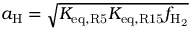
a _ { \mathrm { H } } = \sqrt { K _ { \mathrm { e q , R 5 } } K _ { \mathrm { e q , R 1 5 } } f _ { \mathrm { H _ { 2 } } } }